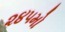
૨૪૫મો